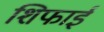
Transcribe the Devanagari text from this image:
शिफाई